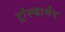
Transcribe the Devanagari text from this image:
ट्रांस्फार्मर